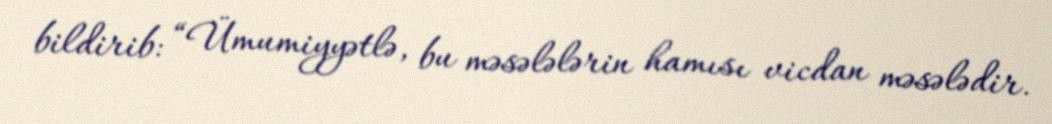
bildirib: “Ümumiyyətlə, bu məsələlərin hamısı vicdan məsələdir.